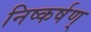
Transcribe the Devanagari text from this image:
निष्कर्षण्